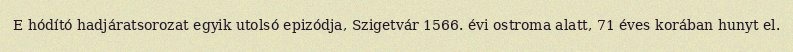
E hódító hadjáratsorozat egyik utolsó epizódja, Szigetvár 1566. évi ostroma alatt, 71 éves korában hunyt el.